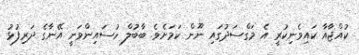
ކުއްޖާއާ ކައިވެނިކުރީ އެ މަގްސަދުގައި ނޫން ކަމަށެވެ. ބާބުލް ހުސައިންވަނީ އޭނާގެ ދަރިފުޅު